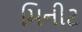
મિનીટ